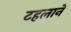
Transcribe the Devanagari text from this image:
टहलाने